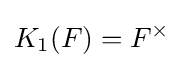
K_{1}(F)=F^{\times }